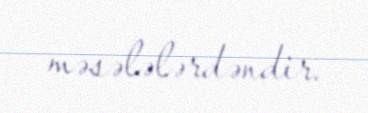
məsələlərdəndir.